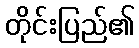
တိုင်းပြည်၏